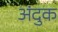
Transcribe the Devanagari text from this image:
अंदुक